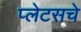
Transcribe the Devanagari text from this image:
प्लेटसचे